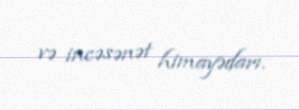
və incəsənət himayədarı.